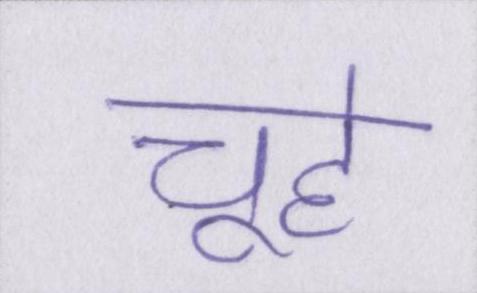
चूहे